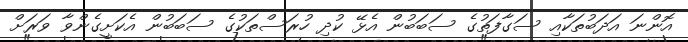
އޮންނަ އަދަބުތަކާއި ސަގާފަތުގެ ސަބަބުން އެޅޭ ކުދި ހުރަސްތަކުގެ ސަބަބުން އެކަށީގެންވާ ވަރަށް